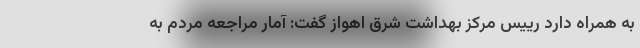
به همراه دارد رییس مرکز بهداشت شرق اهواز گفت: آمار مراجعه مردم به